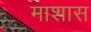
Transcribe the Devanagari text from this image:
माशास